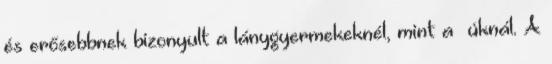
és erősebbnek bizonyult a lánygyermekeknél, mint a ﬁúknál. A